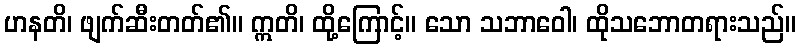
ဟနတိ၊ ဖျက်ဆီးတတ်၏။ ဣတိ၊ ထို့ကြောင့်။ သော သဘာဝေါ၊ ထိုသဘောတရားသည်။